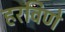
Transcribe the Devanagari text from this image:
हरविणे